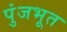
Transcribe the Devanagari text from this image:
पुंजभूत